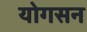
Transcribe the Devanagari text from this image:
योगसन